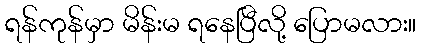
ရန်ကုန်မှာ မိန်းမ ရနေပြီလို့ ပြောမလား။